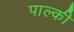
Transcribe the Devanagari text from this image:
पाल्की